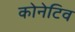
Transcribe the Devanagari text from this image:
कोनेटिव